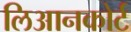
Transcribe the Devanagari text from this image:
लिआनकोर्ट